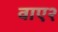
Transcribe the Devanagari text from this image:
वाए२